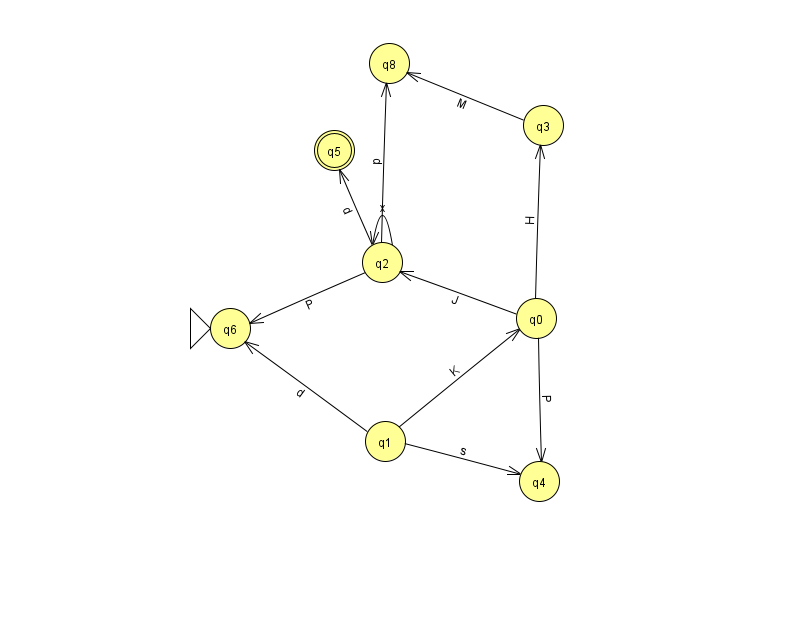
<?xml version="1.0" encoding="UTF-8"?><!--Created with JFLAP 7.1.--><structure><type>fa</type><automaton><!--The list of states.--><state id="0" name="q0"><x>536.0</x><y>305.0</y></state><state id="1" name="q1"><x>385.0</x><y>428.0</y></state><state id="2" name="q2"><x>382.0</x><y>249.0</y></state><state id="3" name="q3"><x>543.0</x><y>112.0</y></state><state id="4" name="q4"><x>539.0</x><y>468.0</y></state><state id="5" name="q5"><x>334.0</x><y>137.0</y><final/></state><state id="6" name="q6"><x>230.0</x><y>315.0</y><initial/></state><state id="8" name="q8"><x>389.0</x><y>50.0</y></state><!--The list of transitions.--><transition><from>0</from><to>4</to><read>P</read></transition><transition><from>2</from><to>6</to><read>P</read></transition><transition><from>0</from><to>2</to><read>J</read></transition><transition><from>1</from><to>4</to><read>s</read></transition><transition><from>3</from><to>8</to><read>M</read></transition><transition><from>0</from><to>3</to><read>H</read></transition><transition><from>2</from><to>2</to><read>x</read></transition><transition><from>1</from><to>6</to><read>d</read></transition><transition><from>1</from><to>0</to><read>K</read></transition><transition><from>2</from><to>5</to><read>d</read></transition><transition><from>2</from><to>8</to><read>p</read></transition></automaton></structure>